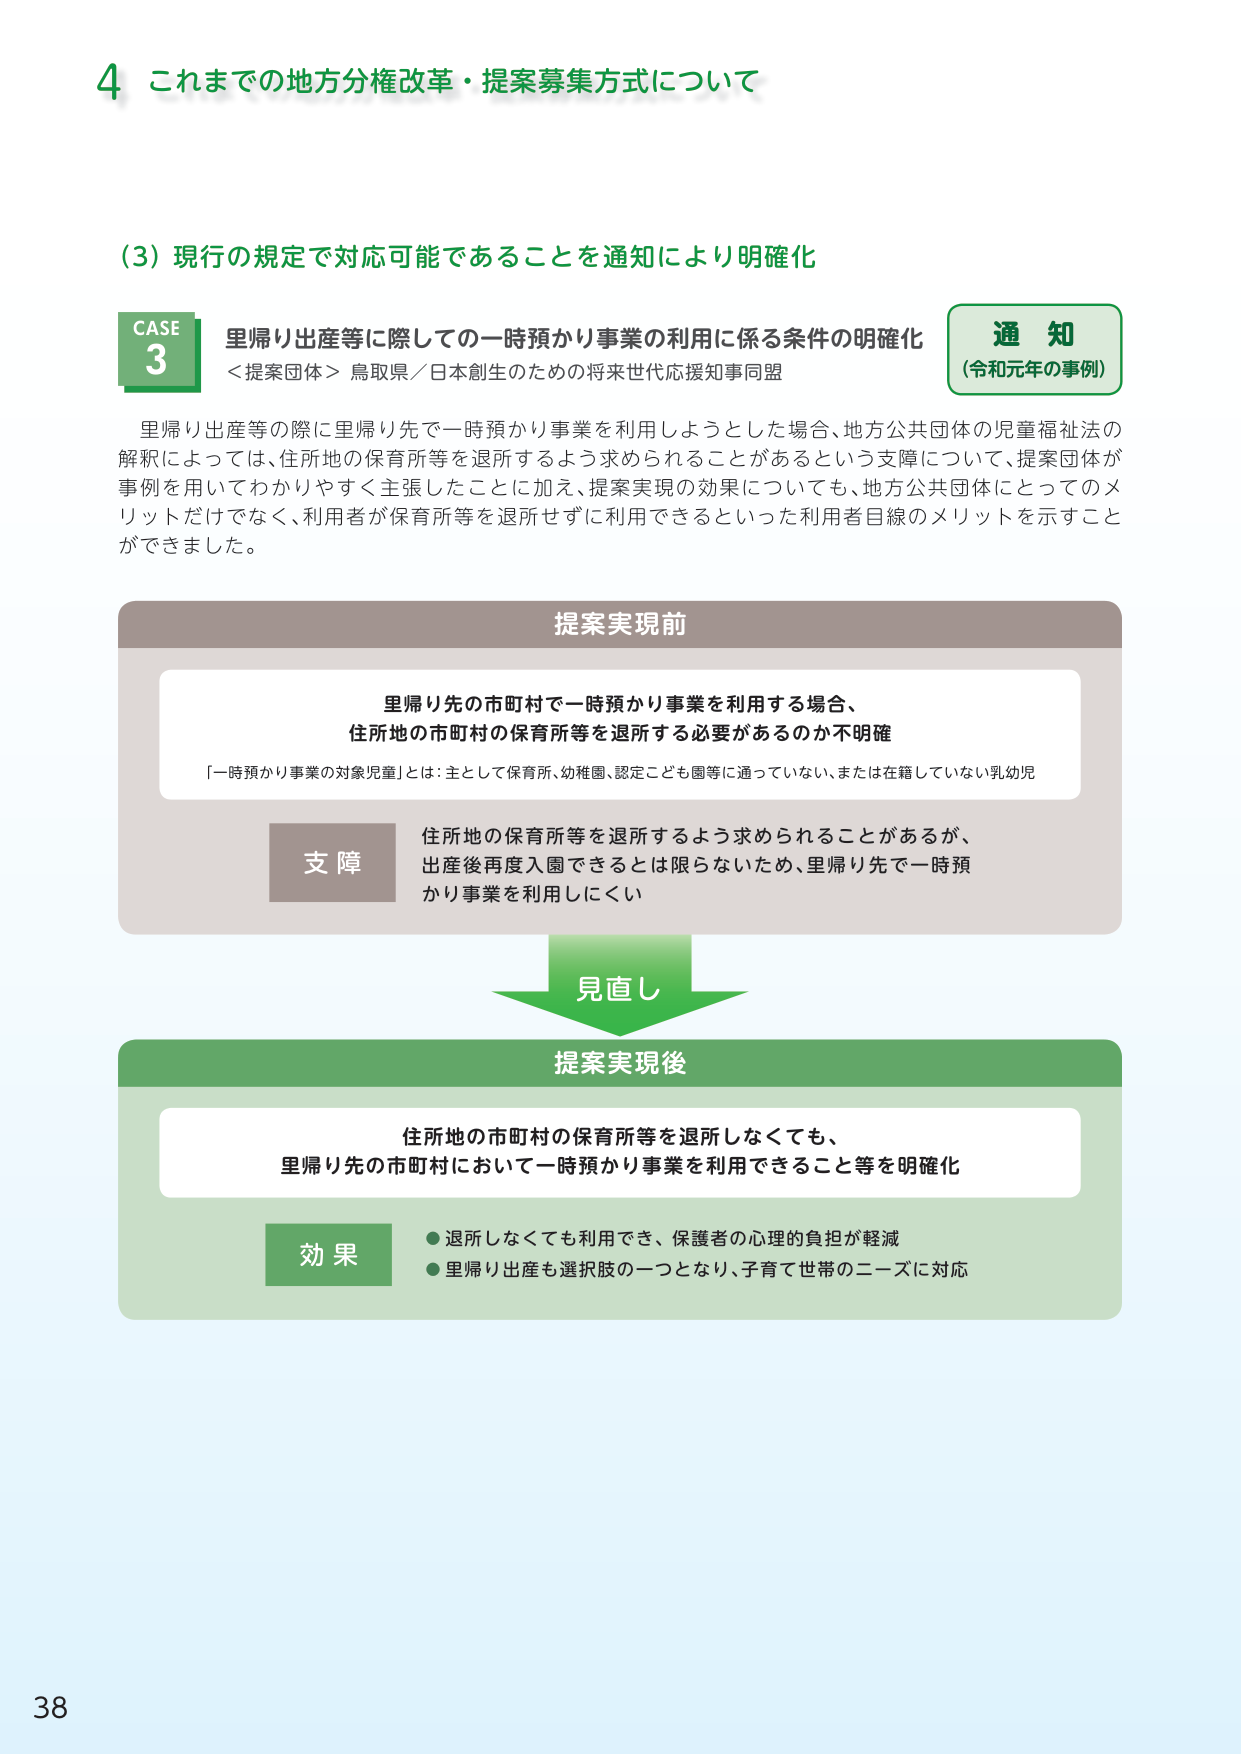
4 これまでの地方分権改革・提案募集方式について

（3）現行の規定で対応可能であることを通知により明確化

CASE 3
里帰り出産等に際しての一時預かり事業の利用に係る条件の明確化
＜提案団体＞ 鳥取県／日本創生のための将来世代応援知事同盟

通知
（令和元年の事例）

里帰り出産等の際に里帰り先で一時預かり事業を利用しようとした場合、地方公共団体の児童福祉法の解釈によっては、住所地の保育所等を退所するよう求められることがあるという支障について、提案団体が事例を用いてわかりやすく主張したことに加え、提案実現の効果についても、地方公共団体にとってのメリットだけでなく、利用者が保育所等を退所せずに利用できるといった利用者目線のメリットを示すことができました。

提案実現前
里帰り先の市町村で一時預かり事業を利用する場合、
住所地の市町村の保育所等を退所する必要があるのか不明確
「一時預かり事業の対象児童」とは：主として保育所、幼稚園、認定こども園等に通っていない、または在籍していない乳幼児

支障
住所地の保育所等を退所するよう求められることがあるが、
出産後再度入園できるとは限らないため、里帰り先で一時預かり事業を利用しにくい

見直し

提案実現後
住所地の市町村の保育所等を退所しなくても、
里帰り先の市町村において一時預かり事業を利用できること等を明確化

効果
● 退所しなくても利用でき、保護者の心理的負担が軽減
● 里帰り出産も選択肢の一つとなり、子育て世帯のニーズに対応

38